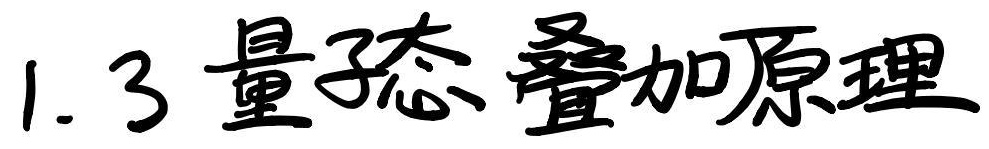
1.3 量子态叠加原理